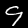
Label: 9